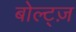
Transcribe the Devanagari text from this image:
बोल्ट्ज़